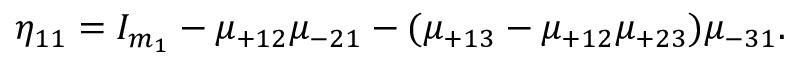
\eta _ { 1 1 } = I _ { m _ { 1 } } - \mu _ { + 1 2 } \mu _ { - 2 1 } - ( \mu _ { + 1 3 } - \mu _ { + 1 2 } \mu _ { + 2 3 } ) \mu _ { - 3 1 } .